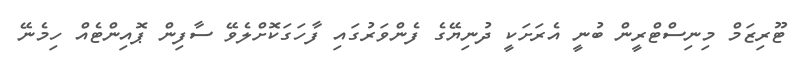
ޓޫރިޒަމް މިނިސްޓްރީން ބުނީ އެރަށަކީ ދުނިޔޭގެ ފެންވަރުގައި ފާހަގަކޮށްލެވޭ ސާފިން ޕޮއިންޓެއް ހިމެނޭ